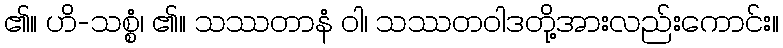
၏။ ဟိ-သစ္စံ၊ ၏။ သဿတာနံ ဝါ၊ သဿတဝါဒတို့အားလည်းကောင်း။